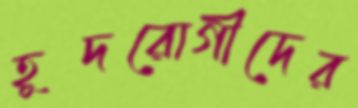
হূদরোগীদের